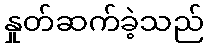
နှုတ်ဆက်ခဲ့သည်